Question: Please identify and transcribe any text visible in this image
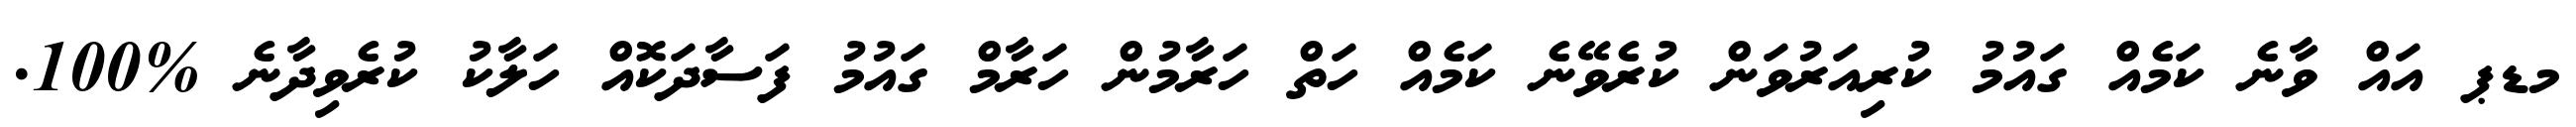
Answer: މޑޕ އައް ވާނެ ކަމެއް ގައުމު ކުރިއަރުވަން ކުރެވޭނެ ކަމެއް ހަތް ހަރާމުން ހަރާމް ގައުމު ފަސާދަކޮއް ހަލާކު ކުރެވިދާނެ %100.